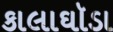
કાલાઘૉડા